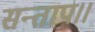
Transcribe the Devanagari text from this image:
सन्‍ताप।।